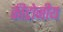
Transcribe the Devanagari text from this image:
कीटोनीय